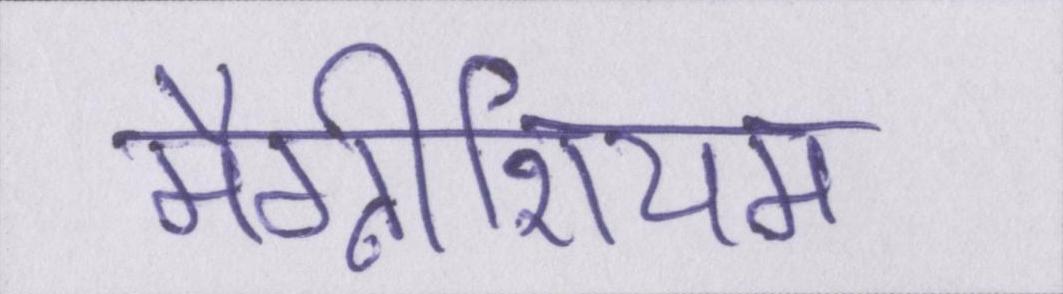
मैग्नीशियम